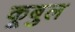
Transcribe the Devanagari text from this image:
कूबुल